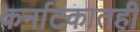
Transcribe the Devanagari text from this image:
कर्नाटकातही